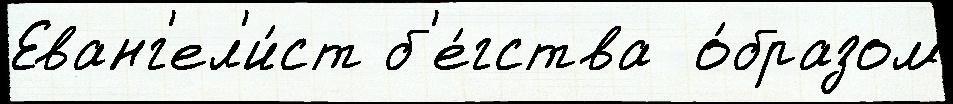
Еванг'ел'и́ст б'е́гства  о́бразом